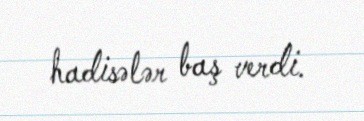
hadisələr baş verdi.